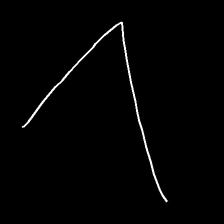
Glyph: region